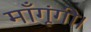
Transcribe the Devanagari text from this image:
माँगूंगी।